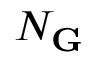
N _ { \mathbf G }